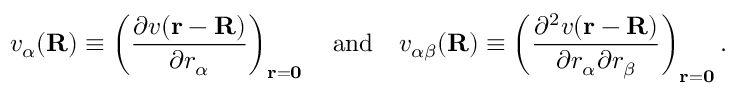
v _ { \alpha } ( \mathbf { R } ) \equiv \left( { \frac { \partial v ( \mathbf { r } - \mathbf { R } ) } { \partial r _ { \alpha } } } \right) _ { \mathbf { r } = \mathbf { 0 } } \quad { \mathrm { a n d } } \quad v _ { \alpha \beta } ( \mathbf { R } ) \equiv \left( { \frac { \partial ^ { 2 } v ( \mathbf { r } - \mathbf { R } ) } { \partial r _ { \alpha } \partial r _ { \beta } } } \right) _ { \mathbf { r } = \mathbf { 0 } } .